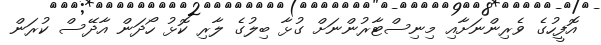
އޮފީހުގެ ވެރިންނަށާއި މިނިސްޓާރުންނަށް ގުޅާ ބިލުގެ ލާރި ކޮޅު ހޯދަން އާދޭސް ކުރަން